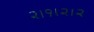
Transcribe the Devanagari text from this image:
२।१।२।२